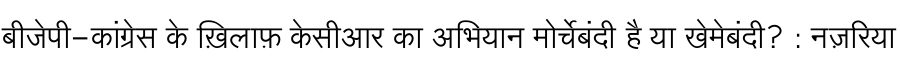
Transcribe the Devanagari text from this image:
बीजेपी-कांग्रेस के ख़िलाफ़ केसीआर का अभियान मोर्चेबंदी है या खेमेबंदी? : नज़रिया